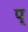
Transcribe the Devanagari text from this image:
प्‌